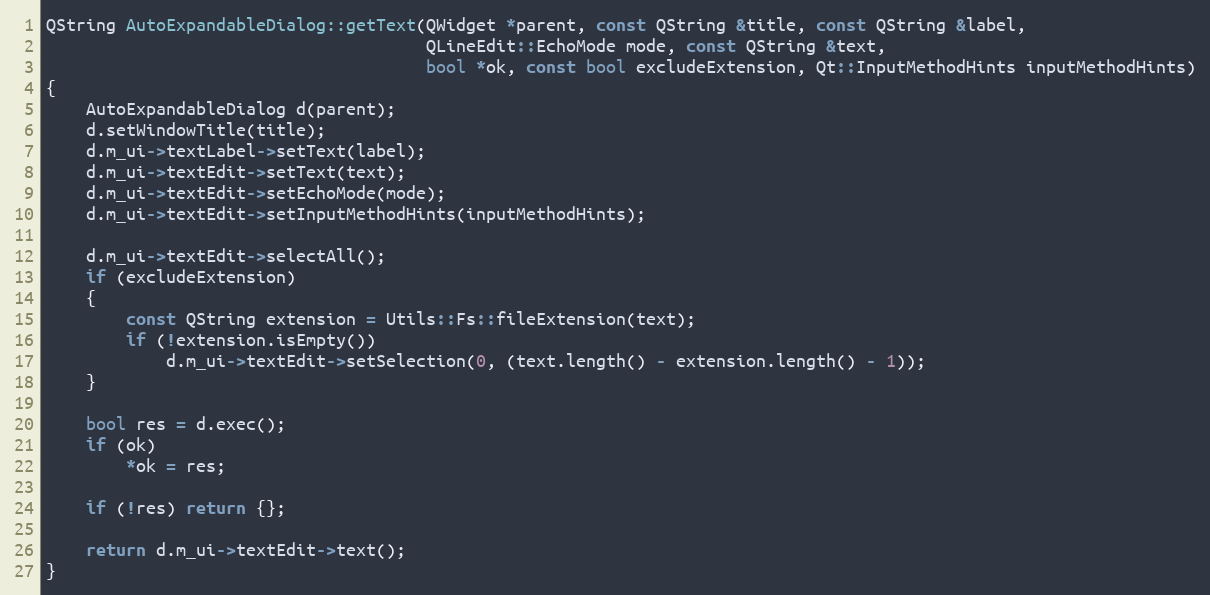
Language: C++
QString AutoExpandableDialog::getText(QWidget *parent, const QString &title, const QString &label,
                                      QLineEdit::EchoMode mode, const QString &text,
                                      bool *ok, const bool excludeExtension, Qt::InputMethodHints inputMethodHints)
{
    AutoExpandableDialog d(parent);
    d.setWindowTitle(title);
    d.m_ui->textLabel->setText(label);
    d.m_ui->textEdit->setText(text);
    d.m_ui->textEdit->setEchoMode(mode);
    d.m_ui->textEdit->setInputMethodHints(inputMethodHints);

    d.m_ui->textEdit->selectAll();
    if (excludeExtension)
    {
        const QString extension = Utils::Fs::fileExtension(text);
        if (!extension.isEmpty())
            d.m_ui->textEdit->setSelection(0, (text.length() - extension.length() - 1));
    }

    bool res = d.exec();
    if (ok)
        *ok = res;

    if (!res) return {};

    return d.m_ui->textEdit->text();
}